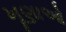
ખૂણાઓ